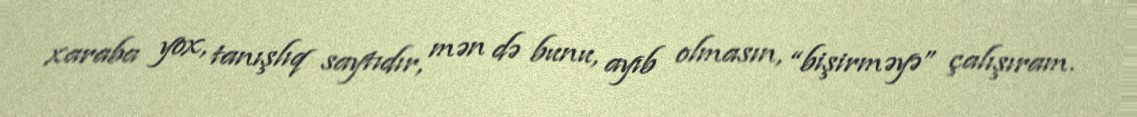
xaraba yox, tanışlıq saytıdır, mən də bunu, ayıb olmasın, “bişirməyə” çalışıram.